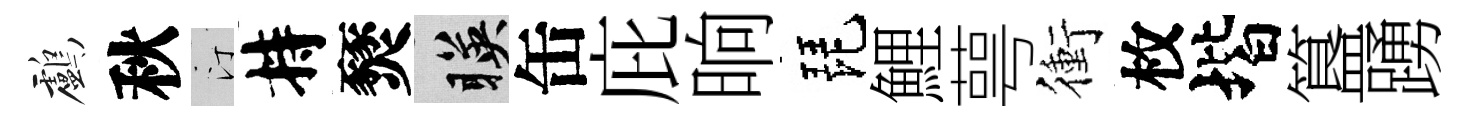
鸕秋汀持燹暎缶庇晌琵鯉萼衝枚堦簋踴